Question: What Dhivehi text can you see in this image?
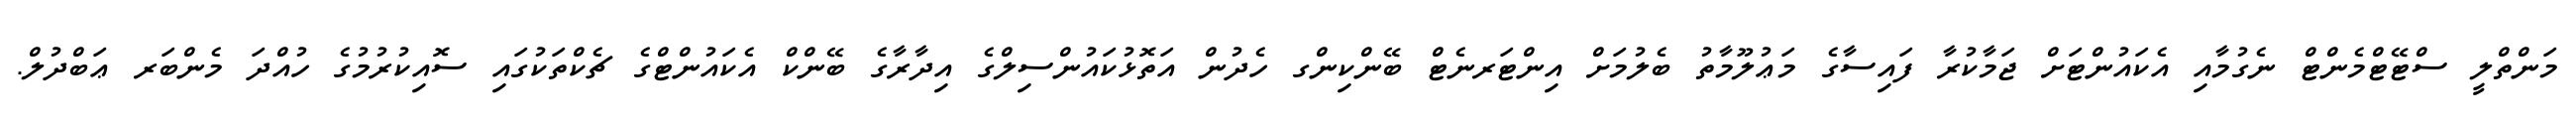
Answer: މަންތްލީ ސްޓޭޓްމެންޓް ނެގުމާއި އެކައުންޓަށް ޖަމާކުރާ ފައިސާގެ މަޢުލޫމާތު ބެލުމަށް އިންޓަރނެޓް ބޭންކިންގ ހެދުން އަތޮޅުކައުންސިލްގެ އިދާރާގެ ބޭންކް އެކައުންޓްގެ ޗެކްތަކުގައި ސޮއިކުރުމުގެ ހުއްދަ މެންބަރ ޢަބްދުލް.